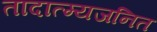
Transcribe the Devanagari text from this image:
तादात्म्यजनित